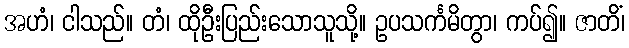
အဟံ၊ ငါသည်။ တံ၊ ထိုဦးပြည်းသောသူသို့။ ဥပသင်္ကမိတွာ၊ ကပ်၍။ ဇာတိံ၊